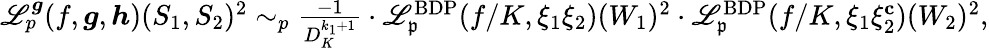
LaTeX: \begin{array}{r}{\mathscr{L}_{p}^{{\boldsymbol{g}}}(f,{\boldsymbol{g}},{\boldsymbol{h}})(S_{1},S_{2})^{2}\sim_{p}\frac{-1}{D_{K}^{k_{1}+1}}\cdot\mathscr{L}_{\mathfrak{p}}^{\mathrm{BDP}}(f/K,\xi_{1}\xi_{2})(W_{1})^{2}\cdot\mathscr{L}_{\mathfrak{p}}^{\mathrm{BDP}}(f/K,\xi_{1}\xi_{2}^{\mathbf{c}})(W_{2})^{2},}\end{array}